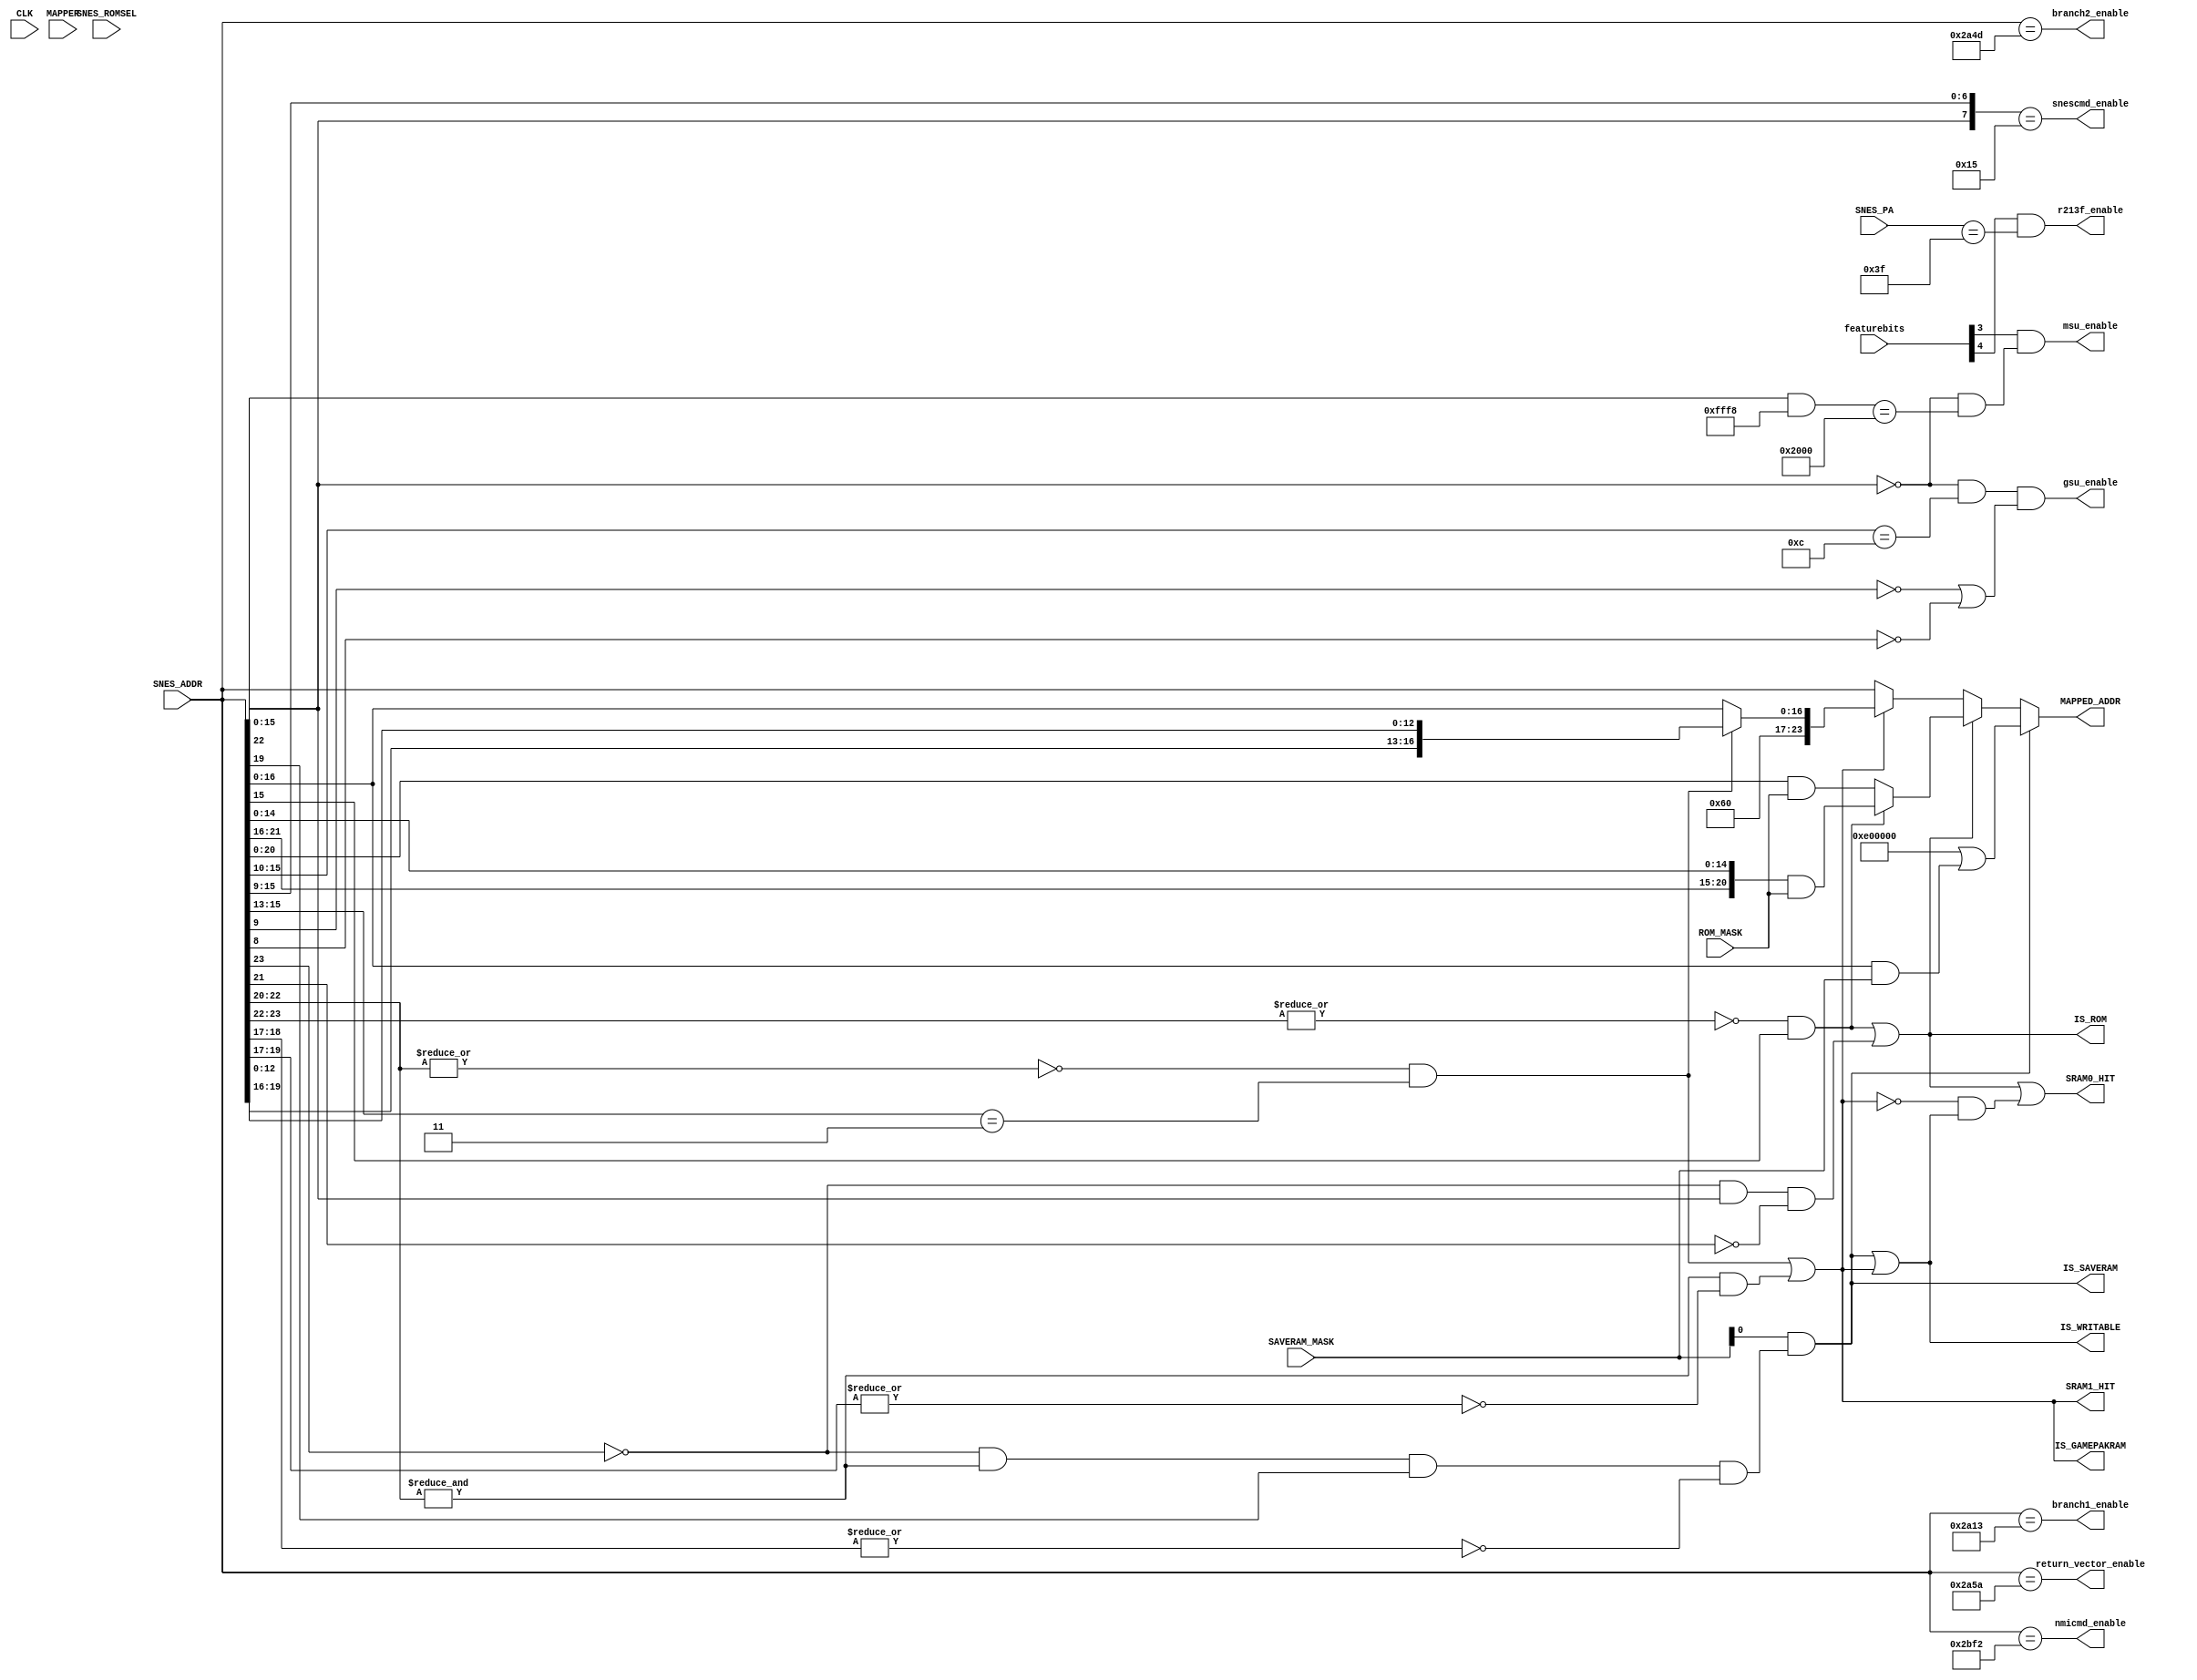
module address(
  input CLK,
  input [7:0] featurebits,  // peripheral enable/disable
  input [2:0] MAPPER,       // MCU detected mapper
  input [23:0] SNES_ADDR,   // requested address from SNES
  input [7:0] SNES_PA,      // peripheral address from SNES
  input SNES_ROMSEL,        // ROMSEL from SNES
  output [23:0] MAPPED_ADDR,// Address to request from SRAM0
  output SRAM0_HIT,         // enable SRAM0
  output SRAM1_HIT,         // enable SRAM1
  output IS_SAVERAM,        // address/CS mapped as SRAM?
  output IS_GAMEPAKRAM,     // address mapped as gamepak RAM?
  output IS_ROM,            // address mapped as ROM?
  output IS_WRITABLE,       // address somehow mapped as writable area?
  input [23:0] SAVERAM_MASK,
  input [23:0] ROM_MASK,
  output msu_enable,
  output gsu_enable,
  output r213f_enable,
  output snescmd_enable,
  output nmicmd_enable,
  output return_vector_enable,
  output branch1_enable,
  output branch2_enable
);

parameter [2:0]
  FEAT_MSU1 = 3,
  FEAT_213F = 4
;

wire [23:0] SRAM_SNES_ADDR;

/* ROM (max. 2 MB) at:
      Bank 0x00-0x3f, Offset 8000-ffff
      Bank 0x40-0x5f, Offset 0000-ffff

   XXX: higan also accepts the following:
      Bank 0x00-0x3f, Offset 0000-7fff
          This duplicates the mapping in the 0000-7fff range.
*/

assign IS_ROM = ((~|SNES_ADDR[23:22] & SNES_ADDR[15])
                 |(!SNES_ADDR[23] & SNES_ADDR[22] & !SNES_ADDR[21]));

/* Save RAM (max. 128 kB) at:
       Bank 0x78-0x79, Offset 0000-ffff */
assign IS_SAVERAM = SAVERAM_MASK[0] & (!SNES_ADDR[23] & &SNES_ADDR[22:20] & SNES_ADDR[19] & ~|SNES_ADDR[18:17]);

/* Gamepak RAM (max. 128 kB) at:
       Bank 0x00-0x3f, Offset 6000-7fff
       Bank 0x70-0x71, Offset 0000-ffff
       Bank 0x80-0xbf, Offset 6000-7fff

   XXX: Hmm, this doesn't seem to be making much sense. Two of the areas are
        512 kB in size! Only 16 banks of 8 kB are needed for 128 kB.

   Using these instead:
       Bank 0x00-0x0f, Offset 6000-7fff
       Bank 0x70-0x71, Offset 0000-ffff
       Bank 0x80-0x8f, Offset 6000-7fff

   XXX: higan maps the gamepak RAM at:
       Bank 0x60-0x7f, Offset 0000-ffff
           This effectively duplicates the mapping in 0x60-0x61, 0x62-0x63, etc.
*/
assign IS_GAMEPAKRAM = ((~|SNES_ADDR[22:20] & (SNES_ADDR[15:13] == 3'b011))
                        |(&SNES_ADDR[22:20] & ~|SNES_ADDR[19:17]));

assign IS_WRITABLE = IS_SAVERAM | IS_GAMEPAKRAM;

/* The Save RAM, ROM and gamepak RAM are laid out in the physical RAM as follows:
   Save RAM addresses:
       Bank 0x78-0x79: 0111 100a xxxx xxxx xxxx xxxx mapped to:
           1110 000a xxxx xxxx xxxx xxxx
   ROM addresses:
       Bank 0x00-0x3f: address 00aa bbbb 1xxx xxxx xxxx xxxx mapped to:
           000a abbb bxxx xxxx xxxx xxxx
       Bank 0x40-0x5f: address 010a bbbb xxxx xxxx xxxx xxxx mapped to:
           000a bbbb xxxx xxxx xxxx xxxx
   Gamepak RAM addresses:
       Bank 0x00-0x0f: address 0000 aaaa 011x xxxx xxxx xxxx mapped to:
           1100 000a aaax xxxx xxxx xxxx
       Bank 0x70-0x71: address 0111 000a xxxx xxxx xxxx xxxx mapped to:
           1100 000a xxxx xxxx xxxx xxxx
       Bank 0x80-0x8f: address 1000 aaaa 011x xxxx xxxx xxxx mapped to:
           1100 000a aaax xxxx xxxx xxxx
*/

assign SRAM_SNES_ADDR = IS_SAVERAM
                        ? (24'hE00000 | SNES_ADDR[16:0] & SAVERAM_MASK)
                        : (IS_ROM
                           ? (~|SNES_ADDR[23:22] & SNES_ADDR[15])
                              ? /* Bank 0x00-0x3f, Offset 8000-ffff */
                                ({3'b000, SNES_ADDR[21:16], SNES_ADDR[14:0]} & ROM_MASK)
                              : /* Bank 0x40-0x5f, Offset 0000-ffff */
                                ({3'b000, SNES_ADDR[20:0]} & ROM_MASK)
                           : (IS_GAMEPAKRAM
                              ? (~|SNES_ADDR[22:20] & (SNES_ADDR[15:13] == 3'b011))
                                 ? /* Banks 0x00-0x0f and 0x80-0x8f */
                                   ({7'b1100000, SNES_ADDR[19:16], SNES_ADDR[12:0]})
                                 : /* Banks 0x70-0x71 */
                                   ({7'b1100000, SNES_ADDR[16:0]})
                              : SNES_ADDR));

assign MAPPED_ADDR = SRAM_SNES_ADDR;

assign SRAM0_HIT = IS_ROM | (!IS_GAMEPAKRAM & IS_WRITABLE);

assign SRAM1_HIT = IS_GAMEPAKRAM;

assign msu_enable = featurebits[FEAT_MSU1] & (!SNES_ADDR[22] && ((SNES_ADDR[15:0] & 16'hfff8) == 16'h2000));

/* GSU MMIO interface is at:
       Bank 0x00-0x3f, Offset 3000-32ff
       Bank 0x80-0xbf, Offset 3000-32ff */
wire gsu_enable_w = (!SNES_ADDR[22] & (SNES_ADDR[15:10] == 6'b001100) & (!SNES_ADDR[9] | !SNES_ADDR[8]));
assign gsu_enable = gsu_enable_w;

assign r213f_enable = featurebits[FEAT_213F] & (SNES_PA == 8'h3f);

assign snescmd_enable = ({SNES_ADDR[22], SNES_ADDR[15:9]} == 8'b0_0010101);
assign nmicmd_enable = (SNES_ADDR == 24'h002BF2);
assign return_vector_enable = (SNES_ADDR == 24'h002A5A);
assign branch1_enable = (SNES_ADDR == 24'h002A13);
assign branch2_enable = (SNES_ADDR == 24'h002A4D);
endmodule